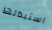
استبدالها